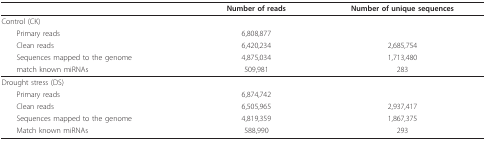
<table><thead><tr><td></td><td><b>Number of reads</b></td><td><b>Number of unique sequences</b></td></tr></thead><tbody><tr><td>Control (CK)</td><td></td><td></td></tr><tr><td> Primary reads</td><td>6,808,877</td><td></td></tr><tr><td> Clean reads</td><td>6,420,234</td><td>2,685,754</td></tr><tr><td> Sequences mapped to the genome</td><td>4,875,034</td><td>1,713,480</td></tr><tr><td> match known miRNAs</td><td>509,981</td><td>283</td></tr><tr><td>Drought stress (DS)</td><td></td><td></td></tr><tr><td> Primary reads</td><td>6,874,742</td><td></td></tr><tr><td> Clean reads</td><td>6,505,965</td><td>2,937,417</td></tr><tr><td> Sequences mapped to the genome</td><td>4,819,359</td><td>1,867,375</td></tr><tr><td> Match known miRNAs</td><td>588,990</td><td>293</td></tr></tbody></table>